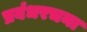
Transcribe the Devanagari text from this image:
प्रबंधरचना